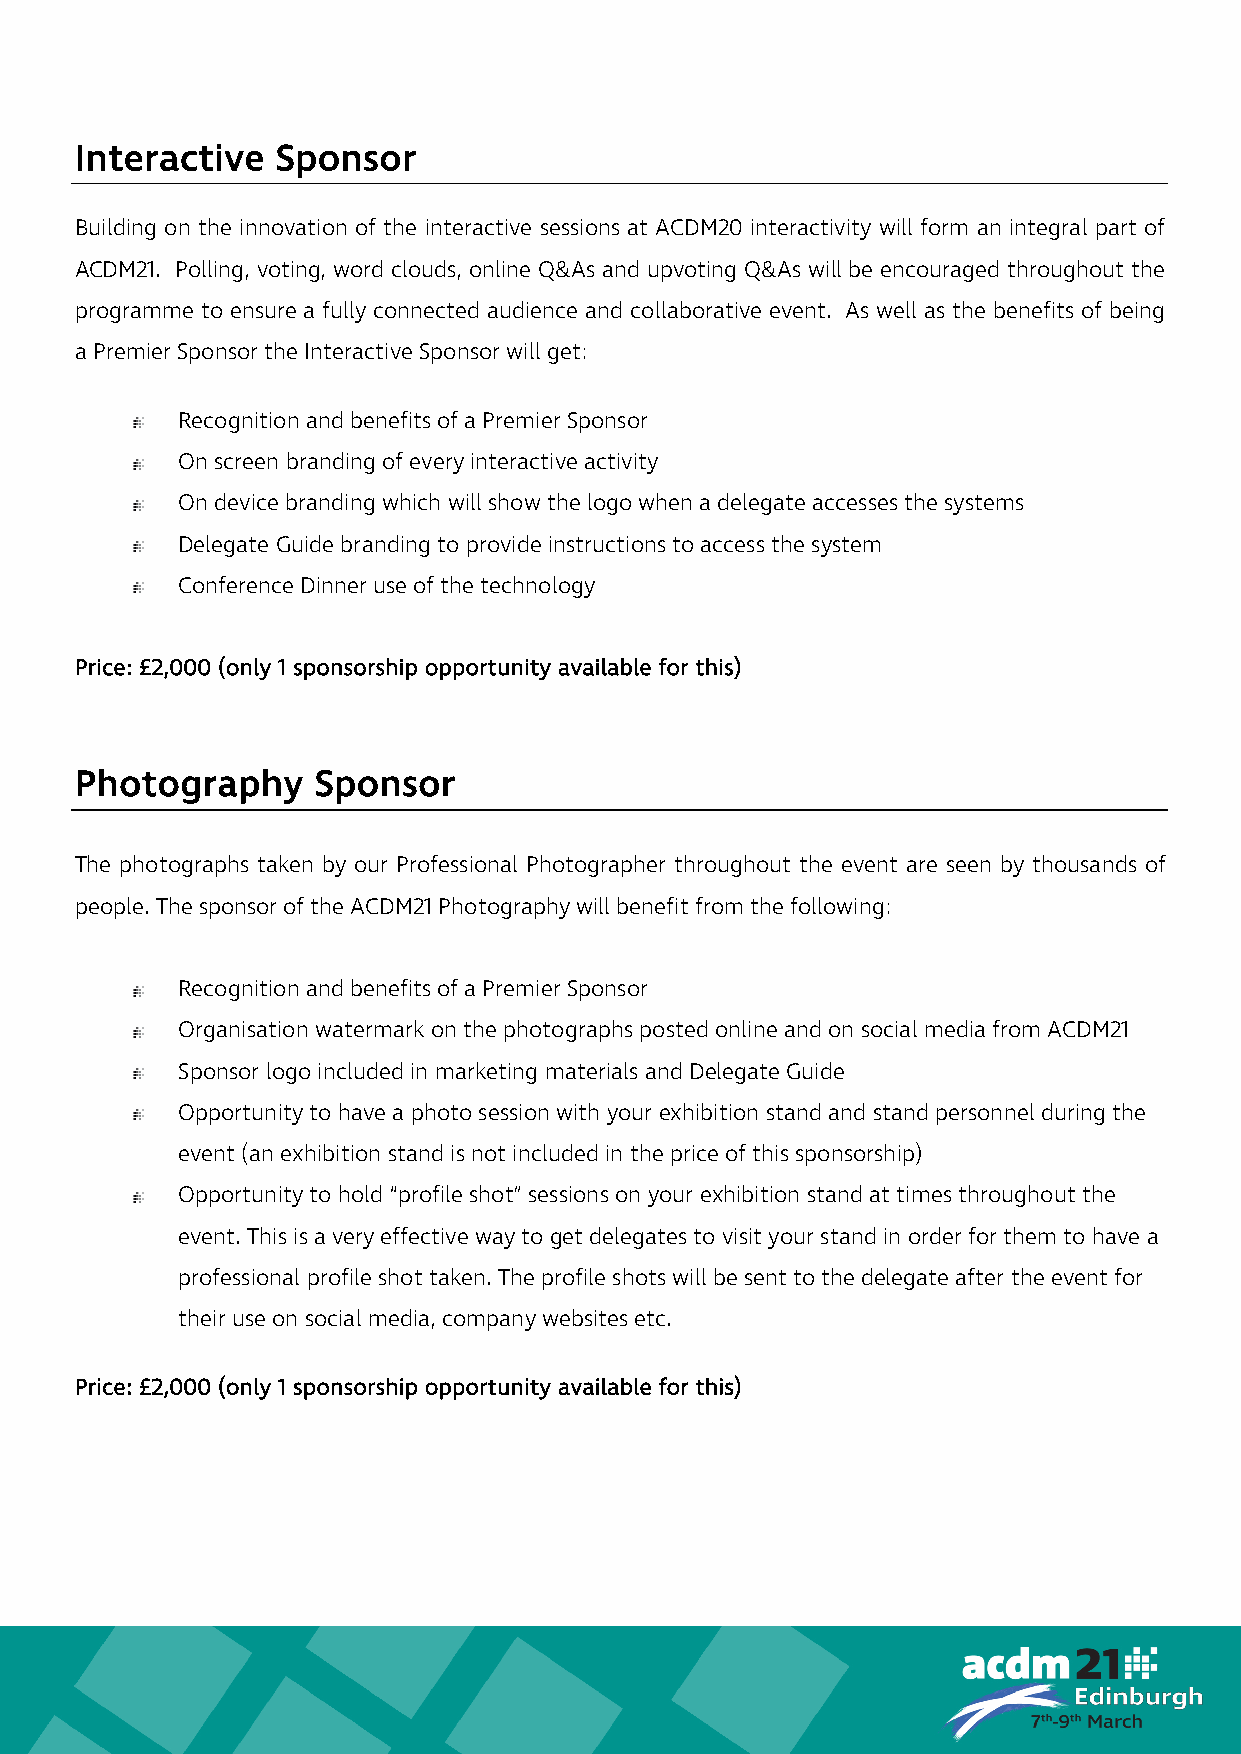
Interactive  Sponsor
 Building on the innovation of the interactive sessions at ACDM20 interactivity will form an integral part of
 ACDM21. Polling, voting, word clouds, online Q&As and upvoting Q&As will be encouraged throughout the
 programme to ensure a fully connected audience and collaborative event. As well as the benefits of being
 a Premier Sponsor the Interactive Sponsor will get:
 Recognition and benefits of a Premier Sponsor
 On screen branding of every interactive activity
 On device branding which will show the logo when a delegate accesses the systems
 Delegate Guide branding to provide instructions to access the system
 Conference Dinner use of the technology
 Price: £2,000 (only 1 sponsorship opportunity available for this)
 Photography     Sponsor
 The photographs taken by our Professional Photographer throughout the event are seen by thousands of
 people. The sponsor of the ACDM21 Photography will benefit from the following:
 Recognition and benefits of a Premier Sponsor
 Organisation watermark on the photographs posted online and on social media from ACDM21
 Sponsor logo included in marketing materials and Delegate Guide
 Opportunity to have a photo session with your exhibition stand and stand personnel during the
 event (an exhibition stand is not included in the price of this sponsorship)
 Opportunity to hold “profile shot” sessions on your exhibition stand at times throughout the
 event. This is a very effective way to get delegates to visit your stand in order for them to have a
 professional profile shot taken. The profile shots will be sent to the delegate after the event for
 their use on social media, company websites etc.
 Price: £2,000 (only 1 sponsorship opportunity available for this)